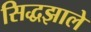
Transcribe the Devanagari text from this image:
सिद्धझाले